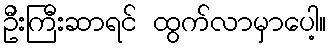
ဦးကြီးဆာရင် ထွက်လာမှာပေါ့။